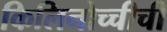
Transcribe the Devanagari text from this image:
किलिनोच्चीची